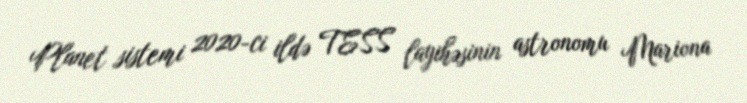
Planet sistemi 2020-ci ildə TESS layihəsinin astronomu Mariona